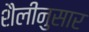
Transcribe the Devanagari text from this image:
शैलीनुसार